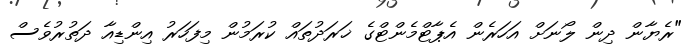
"ރެޔާން ދިން ލޯނަށް އަހަރެން އެޕާޓްމެންޓްގެ ޚަރަދުތައް ކުރަމުން މިފަހަރު އިންޑިއާ ދަތުރުވެސް